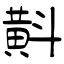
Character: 斢